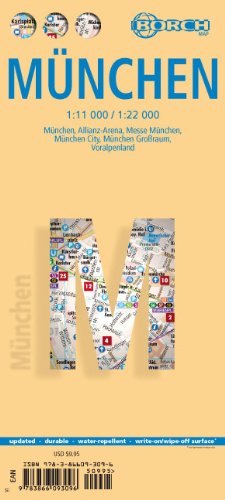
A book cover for Laminated Munich Map by Borch (English Edition); Borch; Travel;